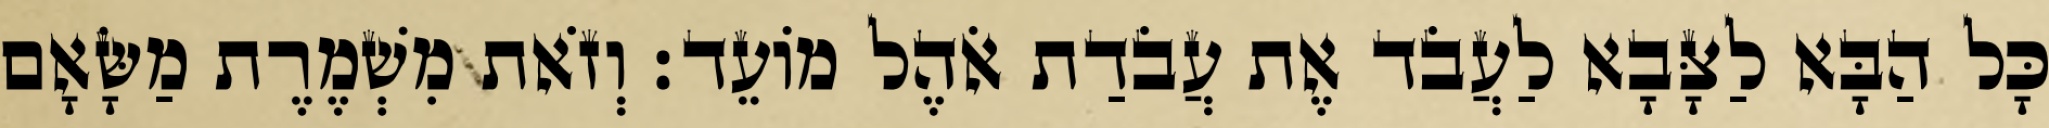
כָּל הַבָּא לַצָּבָא לַעֲבֹד אֶת עֲבֹדַת אֹהֶל מוֹעֵד׃ וְזֹאת מִשְׁמֶרֶת מַשָּׂאָם